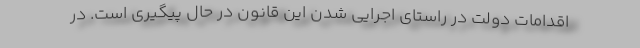
اقدامات دولت در راستاى اجرايى شدن اين قانون در حال پيگيرى است. در